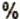
%